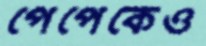
পেপেকেও